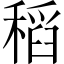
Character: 稻